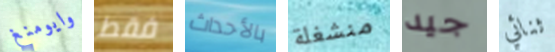
وايومنغ فقط بالأحداث منشغلة جيد ثنائي